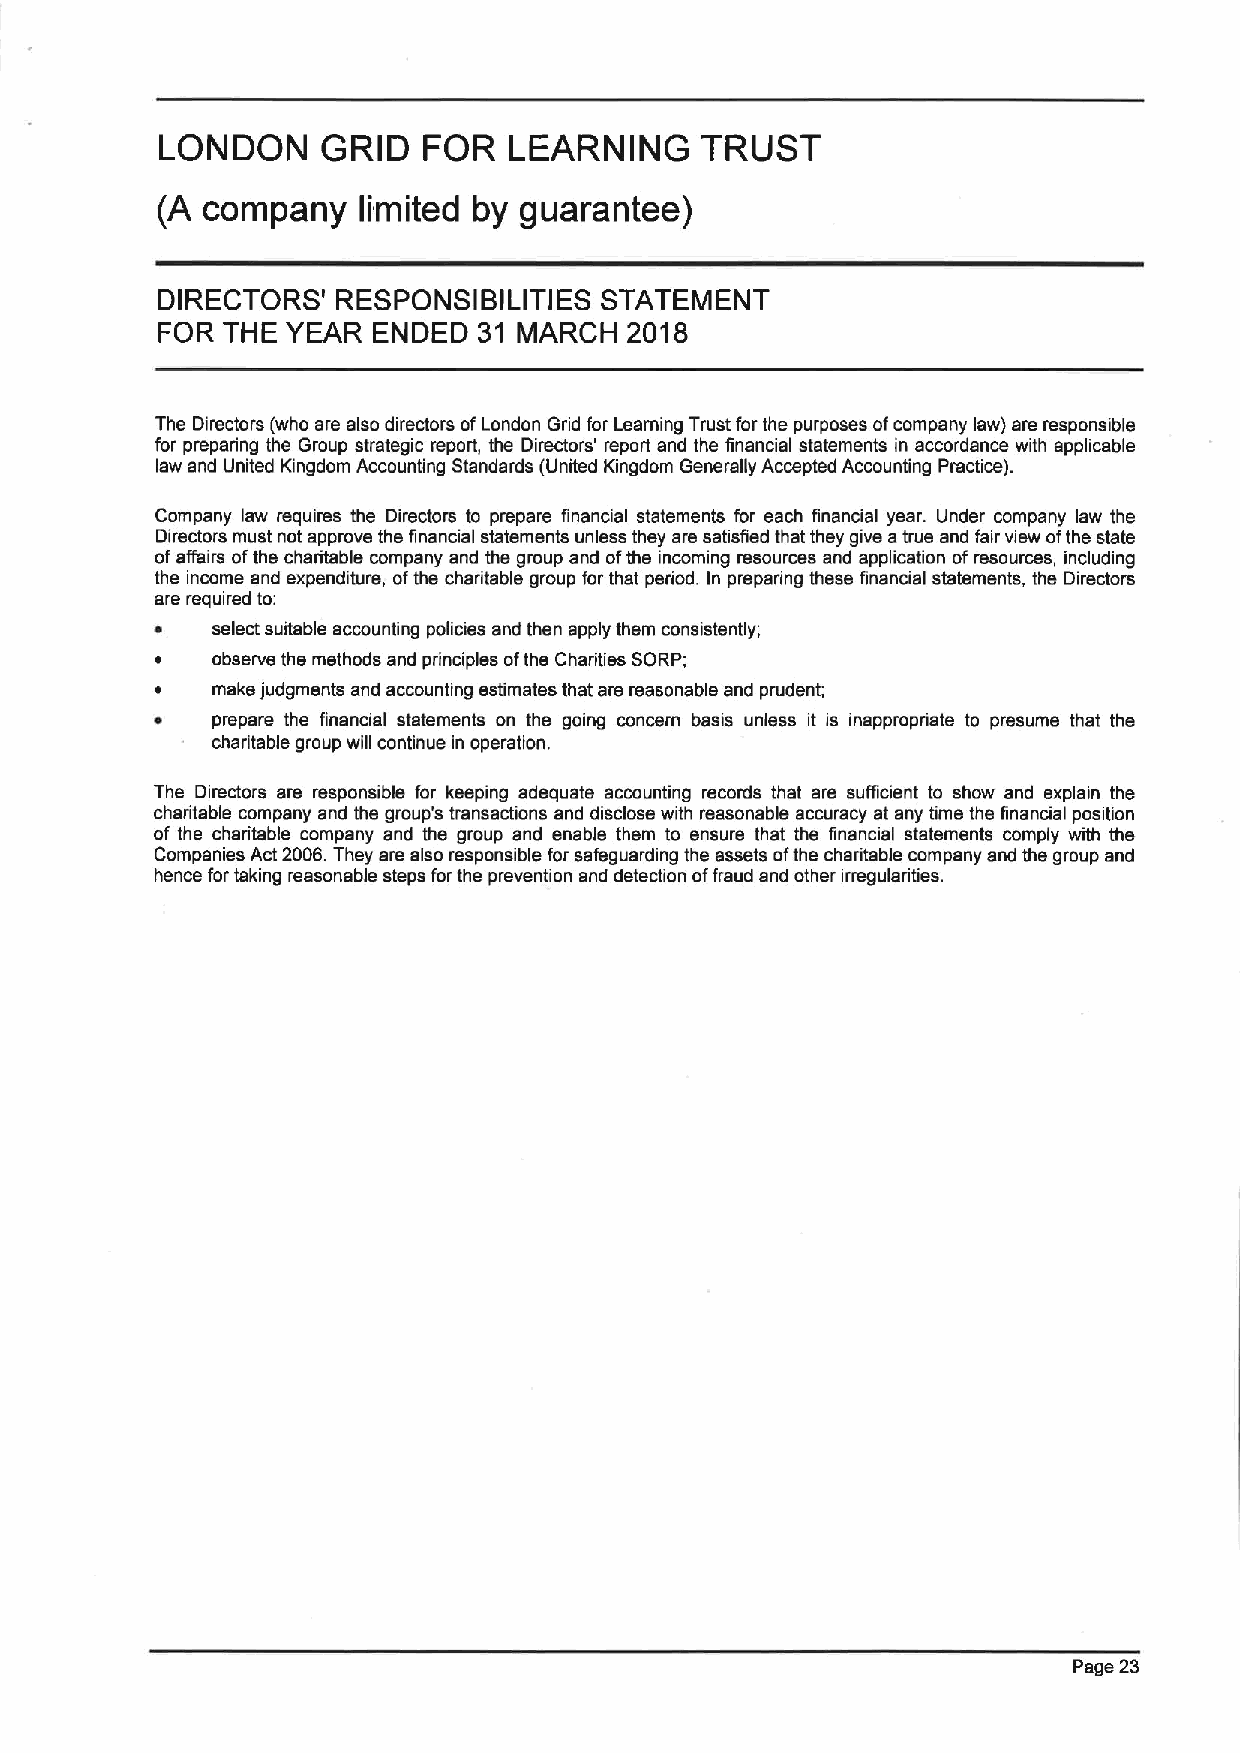
LONDON    GRID   FOR   LEARNING    TRUST
 (A company    limited by guarantee)
 DIRECTORS'  RESPONSIBILITIES  STATEMENT
 FOR  THE YEAR  ENDED  31 MARCH  2018
 The Directors (who are also directors ofLondon Grid for Learning Trust for the purposes ofcompany law) are responsible
 for preparing the Group strategic report, the Directors' report and the financial statements in accordance with applicable
 law and United Kingdom Accounting Standards (United Kingdom Generafiy Accepted Accounting Practice).
 Company law requires the Directors to prepare financial statements for each financial year. Under company law the
 Directors must not approve the financial statements unless they are satisfied that they give atrue and fair view ofthe state
 ofaffairs ofthe charitable company and the group and ofthe incoming resources and application ofresources, including
 the income and expenditure, ofthe charitable group for that period. In preparing these financial statements, the Directors
 are required to:
 ~   select suitable accounting policies and then apply them consistently;
 ~   observe the methods and principles ofthe Charities SORP;
 ~   make judgments and accounting estimates that are reasonable and prudent;
 ~   prepare the financial statements on the going concern basis unless it is inappropriate to presume that the
 charitable group will continue in operation.
 The Directors are responsible for keeping adequate accounting records that are sufficient to show and explain the
 charitable company and the group's transactions and disclose with reasonable accuracy at any time the financial position
 of the charitable company and the group and enable them to ensure that the linancial statements comply with the
 Companies Act 2006.They are also responsible for safeguarding the assets ofthe charitable company and the group and
 hence for taking reasonable steps forthe prevention and detection offraud and other irregularities.
 Page 23